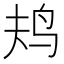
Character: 𱉎